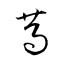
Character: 萵